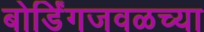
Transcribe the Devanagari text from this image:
बोर्डिंगजवळच्या